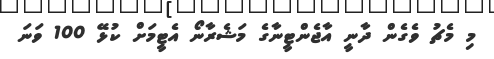
މި މެޗު ވެގެން ދާނީ އާޖެންޓީނާގެ މަޝެރާނޯ އެޓީމަށް ކުޅޭ 100 ވަނަ